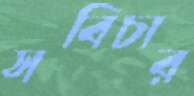
সবিচার